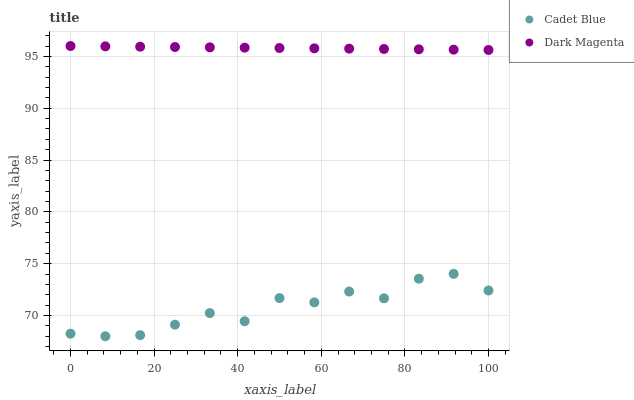
| xaxis_label | Cadet Blue | Dark Magenta |
 | --- | --- | --- |
 | 0 | 68.2 | 96 |
 | 8.33 | 68 | 96 |
 | 16.7 | 68.1 | 95.9 |
 | 25 | 69.1 | 95.9 |
 | 33.3 | 70.2 | 95.9 |
 | 41.7 | 69.5 | 95.8 |
 | 50 | 71.7 | 95.8 |
 | 58.3 | 71.3 | 95.8 |
 | 66.7 | 72.3 | 95.7 |
 | 75 | 71.7 | 95.7 |
 | 83.3 | 73.6 | 95.7 |
 | 91.7 | 74 | 95.6 |
 | 100 | 72.4 | 95.6 |